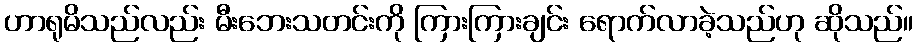
ဟာရုမိသည်လည်း မီးဘေးသတင်းကို ကြားကြားချင်း ရောက်လာခဲ့သည်ဟု ဆိုသည်။